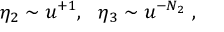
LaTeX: \eta _ { 2 } \sim u ^ { + 1 } , ~ ~ \eta _ { 3 } \sim u ^ { - N _ { 2 } } \ ,